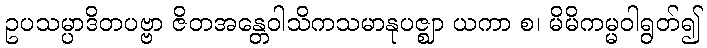
ဥပသမ္ပာဒိတပဗ္ဗာ ဇိတအန္တေဝါသိကသမာနုပဇ္ဈာ ယကာ စ၊ မိမိကမ္မဝါရွတ်၍